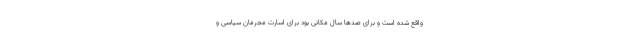
واقع شده است و برای صد‌ها سال مکانی بود برای اسارت مجرمان سیاسی و